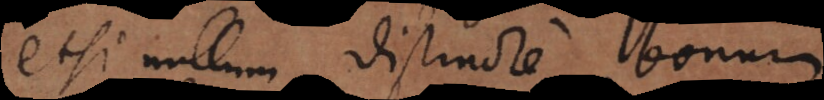
etsi nullum distincte bonum